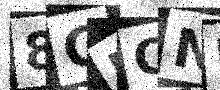
Text: 8GUCNR